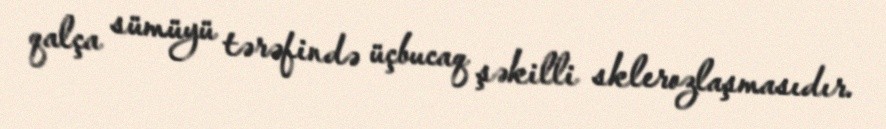
qalça sümüyü tərəfində üçbucaq şəkilli sklerozlaşmasıdır.